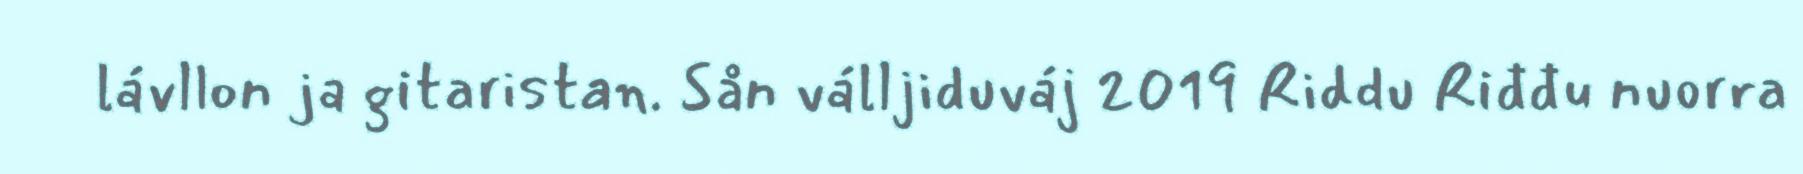
lávllon ja gitaristan. Sån válljiduváj 2019 Riddu Riđđu nuorra